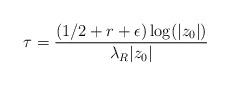
LaTeX: \begin{align*} \tau = \frac{(1/2 + r + \epsilon)\log(|z_0|)}{\lambda_R |z_0|}\end{align*}